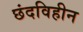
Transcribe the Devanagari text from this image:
छंदविहीन